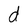
Character: d